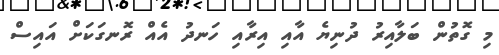
މި ގޮތުން ބަލާއިރު ދުނިޔެ އާއި އިރާއި ހަނދު އެއް ރޮނގަކަށް އައިސް